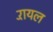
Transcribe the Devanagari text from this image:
रॅायल